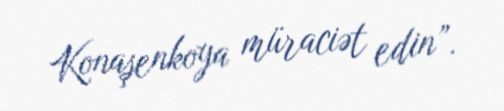
Konaşenkoya müraciət edin”.